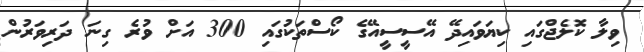
ވިލާ ކޮލެޖްގައި ކިޔަވައިދޭ އޭސީސީއޭގެ ކޯސްތަކުގައި 300 އަށް ވުރެ ގިނަ ދަރިވަރުން